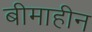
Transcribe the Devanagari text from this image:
बीमाहीन